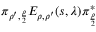
\pi _ { \rho ^ { \prime } , \frac { \rho } { 2 } } E _ { \rho , \rho ^ { \prime } } ( s , \lambda ) \pi _ { \frac { \rho } { 2 } } ^ { * }